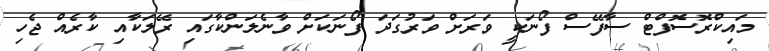
މައިކްރޮސޮފްޓް ސާފޭސް ފޯނަކީ ވަރަށް ވަރުގަދަ ފޯނަކަށް ވާނެލަންކާގައި ރޭލަކާއި ކާރެއް ޖެހި